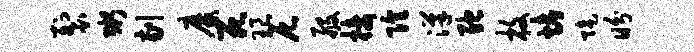
裂粥剔靡死琅尼般接隍汉弛枚烤陡盼